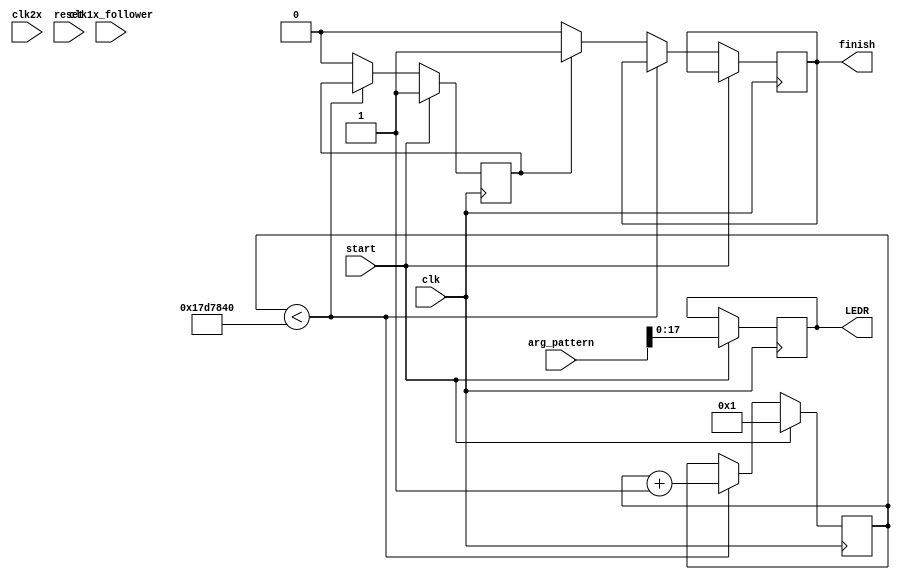
module printToLEDs(
		   clk,
		   clk2x,
		   clk1x_follower,
		   start,
		   reset,
		   arg_pattern,
		   finish,
		   LEDR
		   );
   input clk, clk2x, clk1x_follower;
   input start, reset;
   input [31:0] arg_pattern;
   output reg finish;
   output reg [17:0] LEDR;

   reg [25:0] 	     counter;
   wire [25:0] 	     counter_max; 	     
   reg 		     counting;

   assign counter_max = 25000000;

   always @(posedge clk) begin
      if (start) begin
	 LEDR = arg_pattern[17:0];
	 counting = 1;
	 counter = 1;

      end
      else if (counter < counter_max) begin
	 counter = counter + 1;
      end
      else if (counting) begin
	 finish = 1;
	 counting = 0;
      end
      else begin
	 finish = 0;
      end
   end
endmodule